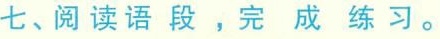
七、阅读语段，完成练习。